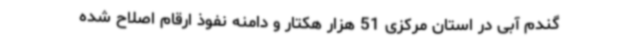
گندم آبی در استان مرکزی 51 هزار هکتار و دامنه نفوذ ارقام اصلاح شده